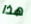
هذا